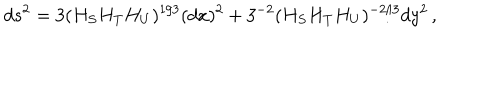
LaTeX: d s ^ { 2 } = 3 ( H _ { S } H _ { T } H _ { U } ) ^ { 1 / 3 } ( d x ) ^ { 2 } + 3 ^ { - 2 } ( H _ { S } H _ { T } H _ { U } ) ^ { - 2 / 3 } d y ^ { 2 } \, ,